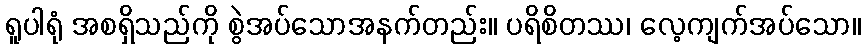
ရူပါရုံ အစရှိသည်ကို စွဲအပ်သောအနက်တည်း။ ပရိစိတဿ၊ လေ့ကျက်အပ်သော။